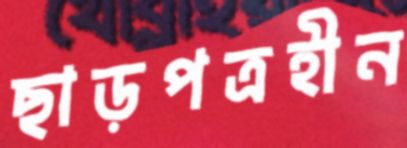
ছাড়পত্রহীন